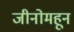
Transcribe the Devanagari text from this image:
जीनोमहून